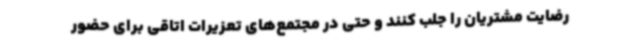
رضایت مشتریان را جلب کنند و حتی در مجتمع‌های تعزیرات اتاقی برای حضور